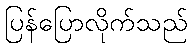
ပြန်ပြောလိုက်သည်